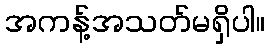
အကန့်အသတ်မရှိပါ။